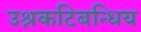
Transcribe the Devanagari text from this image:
उश्नकटिबन्धिय